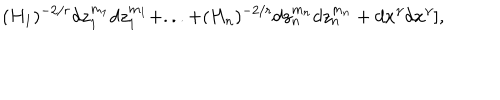
( H _ { 1 } ) ^ { - 2 / r } d z _ { 1 } ^ { m _ { 1 } } d z _ { 1 } ^ { m _ { 1 } } + . . . + ( H _ { n } ) ^ { - 2 / r } d z _ { n } ^ { m _ { n } } d z _ { n } ^ { m _ { n } } + d x ^ { \gamma } d x ^ { \gamma } ] ,